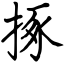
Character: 㧻